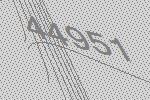
44951